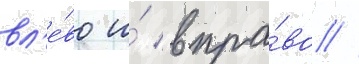
вл'е́во и́ впра́во //